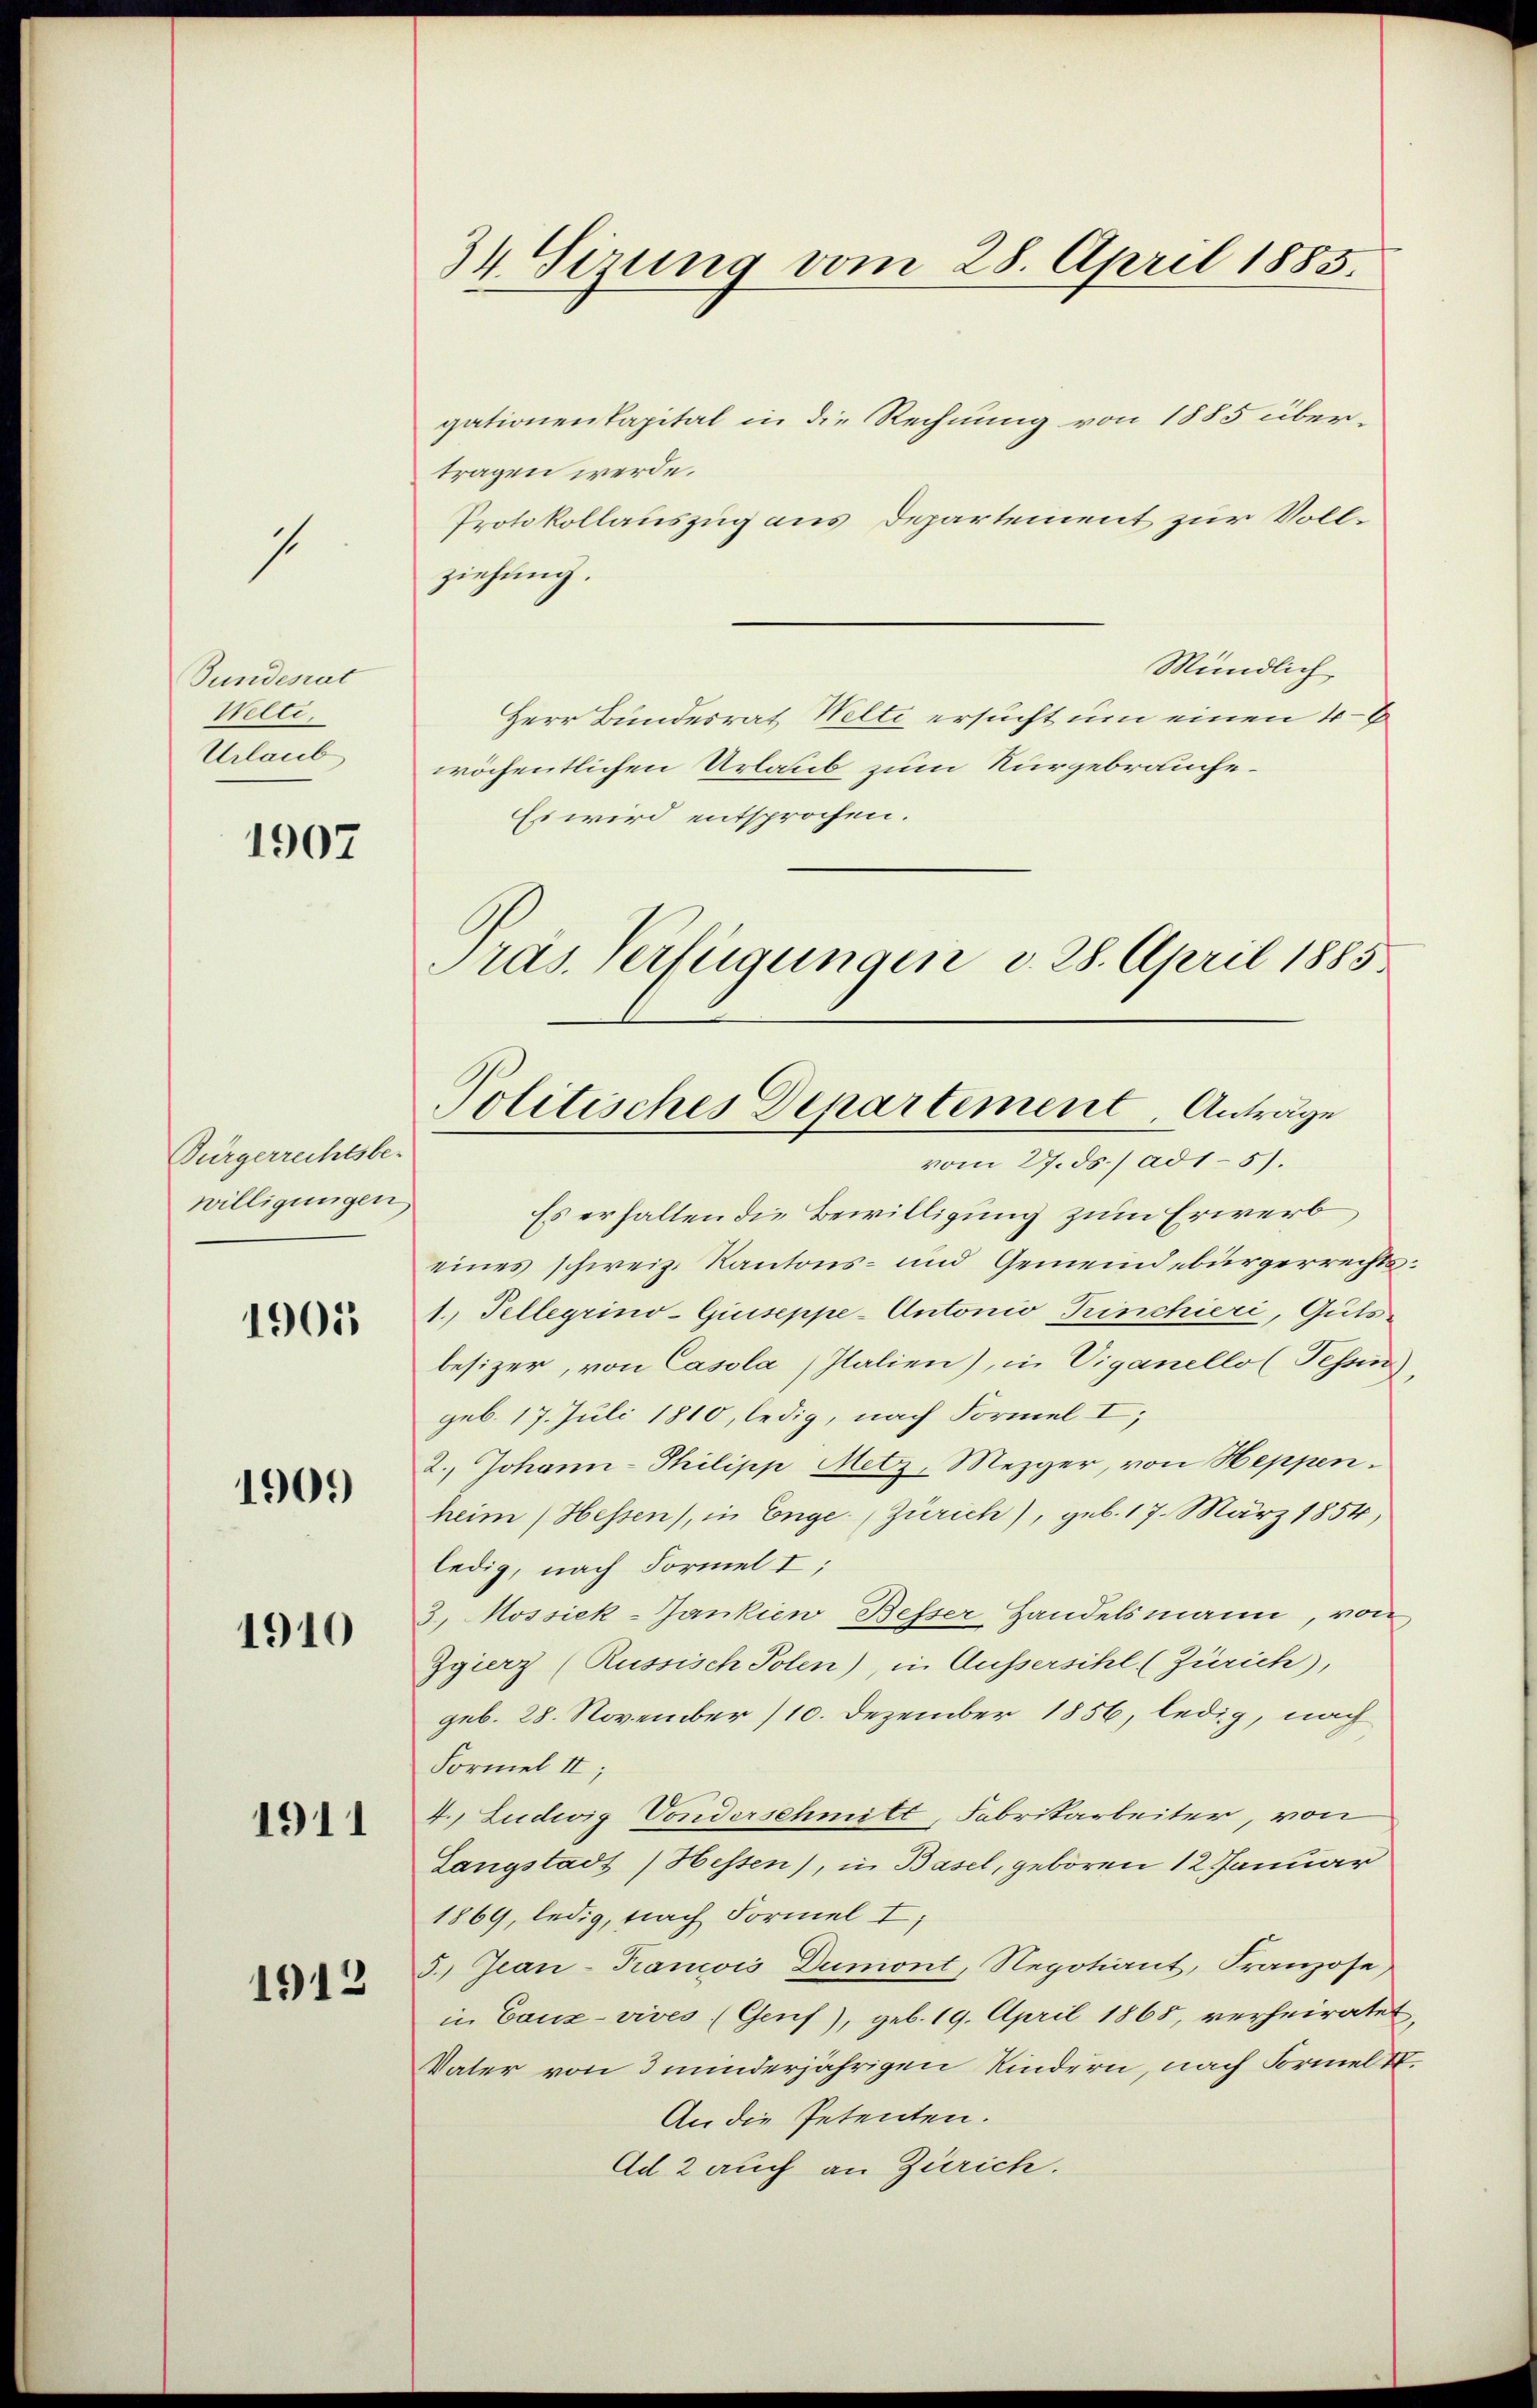
1

Bundesrat
Welti.
Urlaub

1907

Bürgerrechtsbe-
willigungen

1905

1909

1910

1911

1912

34. Sizung vom 28. April 1885.

gationenkapital in die Rechnung von 1885 übertragen werde.
Protokollauszug aus Departement zur Vollziehung.
Mündlich
Herr Bundesrat Welte ersucht um einen 4 - 6
wöchentlichen Urlaub zum Nurgebrauche¬
Es wird entsprochen.
Es erhalten die Bewilligung zum Erwerb
eines schweiz. Kantons- und Gemeindebürgerrechts¬
1. Tellegrino-Giuseppe - Antonio Pinchieri, Gutsbesizer, von Casola Italien), in Viganello (Tessin
geb. 17. Juli 1810, ledig, nach Formel I;
2.) Johann-Philipp Metz, Mezger, von Heppen.
heim (Hessen), in Enge (Zürich), geb. 17. März 1854,
ledig, nach Formel I;
3. Mossiek-Jankien Besser Handelsmann, von
Zgierz (Russisch Polen), in Äussersihl (Zürich),
geb. 28. November 110. Dezember 1856, ledig, nach
Formel II,
4. Ludwig Vonderschmitt, Fabrikarbeiter, von
Langstadt / Hessen), in Basel, geboren 12 Januar
1869, ledig, nach Formel I
35.) Jean-Trancois Dumont, Negotiant, Franzose,
in Canz-vives (Genf), geb. 19. April 1868, verheiratet
Vater von 3 minderjährigen Kindern, nach Formelte
An die Petenten.
Ad 2 auch an Zürich.

Pras. Verfügungen v. 28. April 1885
Politisches Departement. Anträge
vom 27. ds. / ad 151.